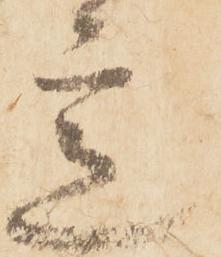
意